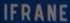
IFRANE